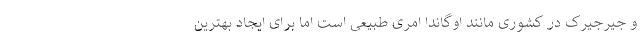
و جیرجیرک در کشوری مانند اوگاندا امری طبیعی است اما برای ایجاد بهترین